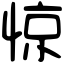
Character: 惊